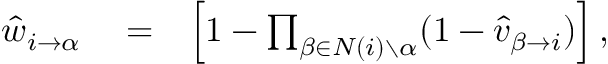
\begin{array} { r l r } { \hat { w } _ { i \rightarrow \alpha } } & { { } = } & { \left[ 1 - \prod _ { \beta \in N ( i ) \setminus \alpha } ( 1 - \hat { v } _ { \beta \rightarrow i } ) \right] , } \end{array}